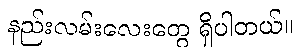
နည်းလမ်းလေးတွေ ရှိပါတယ်။